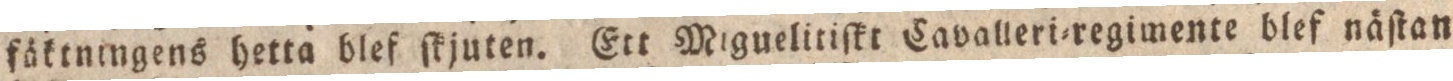
fäktningens hetta blef ſkjuten. Ett Miguelitiſkt Cavalleri=regimente blef näſtan